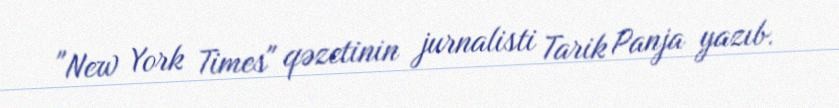
"New York Times" qəzetinin jurnalisti Tarik Panja yazıb.